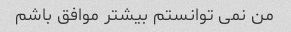
من نمی توانستم بیشتر موافق باشم